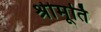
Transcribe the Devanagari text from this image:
श्रीमूर्ति